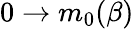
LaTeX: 0\rightarrow m_{0}(\beta)